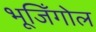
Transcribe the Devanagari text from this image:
भूजिँगोल